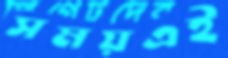
সময়এই